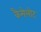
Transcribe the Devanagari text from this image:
कैमेलोट